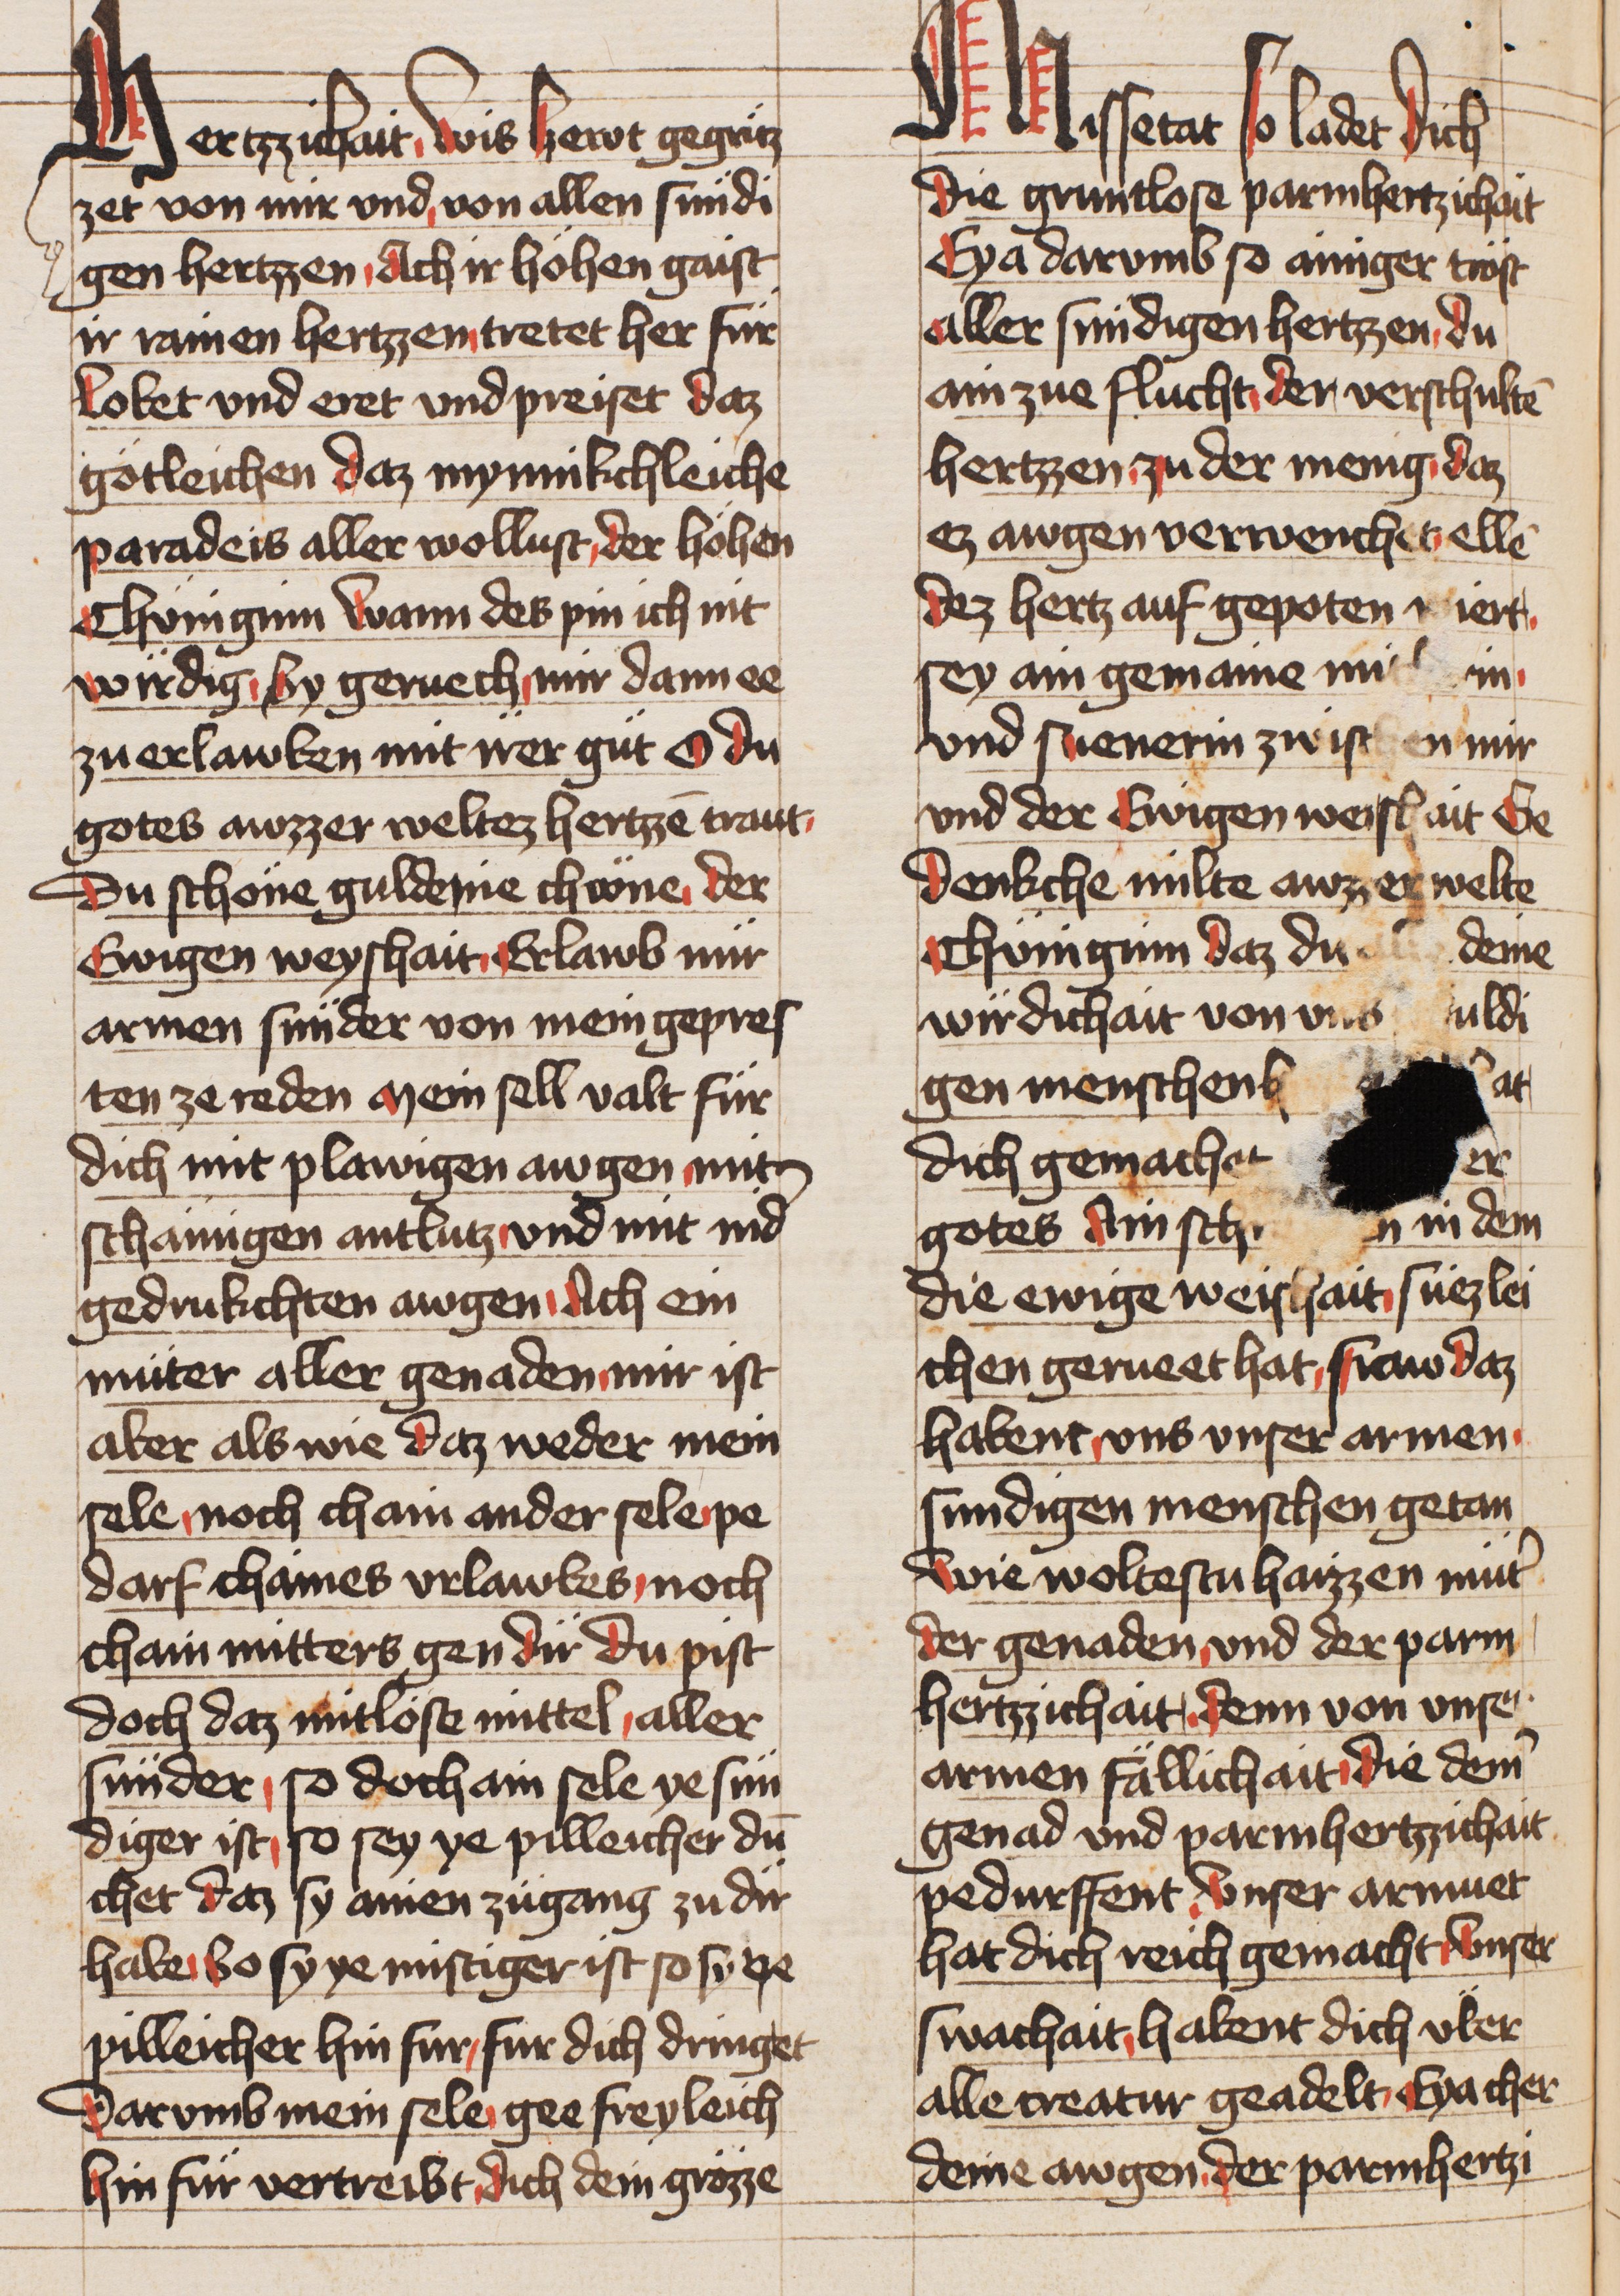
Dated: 1436–1436